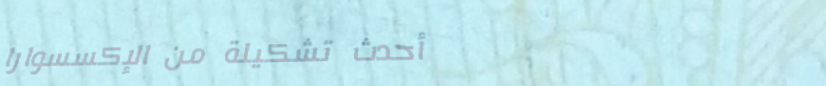
أحدث تشكيلة من الإكسسوارا